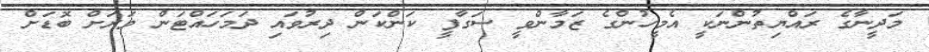
މަދީނާގެ ރައްޔިތުންނަކީ އެމީހުންގެ ޒަމާންވީ ސަގާފީ ކަންކަން ދިރުވައި ދަމަހައްޓަން ވަރަށް ބޮޑަށް